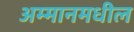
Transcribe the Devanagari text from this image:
अम्मानमधील